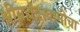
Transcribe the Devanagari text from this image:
श्रीब्रह्मेंद्रस्वामींचा